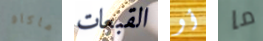
ماكاو القبعات أو ما